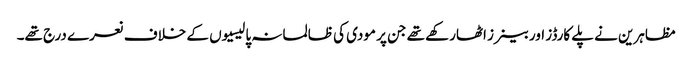
مظاہرین نے پلے کارڈز اور بینرز اٹھارکھے تھے جن پر مودی کی ظالمانہ پالیسیوں کے خلاف نعرے درج تھے۔